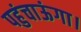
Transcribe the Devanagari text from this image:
पहुंचाऊंगा।